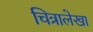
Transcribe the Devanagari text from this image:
चित्रालेखा